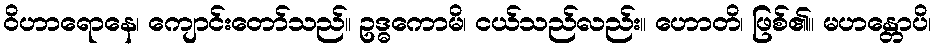
ဝိဟာရောနေ၊ ကျောင်းတော်သည်။ ဥဒ္ဓကောမိ၊ ငယ်သည်လည်း။ ဟောတိ၊ ဖြစ်၏။ မဟန္တောပိ၊